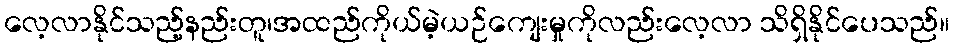
လေ့လာနိုင်သည့်နည်းတူ၊အထည်ကိုယ်မဲ့ယဉ်ကျေးမှုကိုလည်းလေ့လာ သိရှိနိုင်ပေသည်။